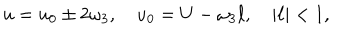
u = u _ { 0 } \pm 2 \omega _ { 3 } , \quad u _ { 0 } = U - \omega _ { 3 } \ell , \quad | \ell | < 1 ,